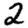
Digit: 2